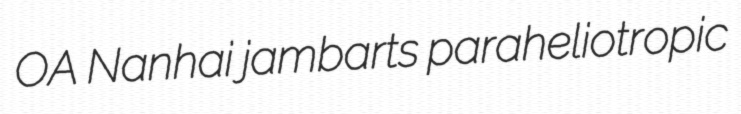
OA Nanhai jambarts paraheliotropic